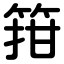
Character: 箝